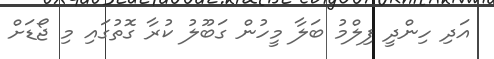
އަދި ހިންދީ ފިލްމު ބަލާ މީހުން ގަބޫލު ކުރާ ގޮތުގައި މި ޖޯޑަށް